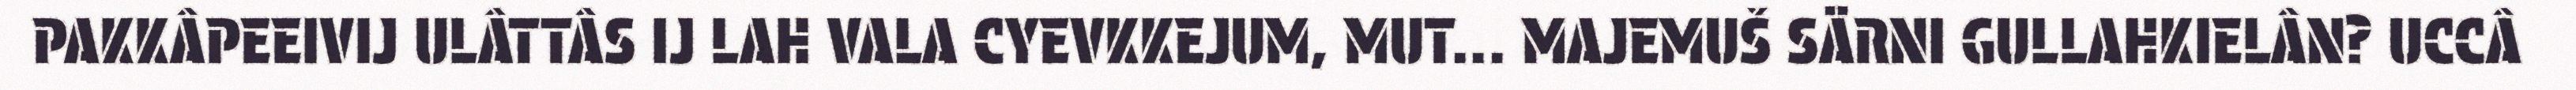
PAKKÂPEEIVIJ ULÂTTÂS IJ LAH VALA CYEVKKEJUM, MUT... MAJEMUŠ SÄRNI GULLAHKIELÂN? UCCÂ